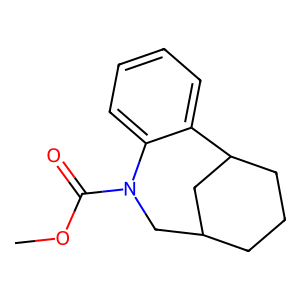
SMILES: COC(=O)N1CC2CCCC(C2)c2ccccc21
Inhibits HIV replication: No